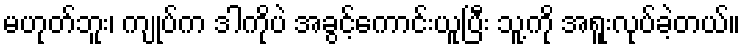
မဟုတ်ဘူး၊ ကျုပ်က ဒါကိုပဲ အခွင့်ကောင်းယူပြီး သူ့ကို အရူးလုပ်ခဲ့တယ်။